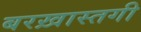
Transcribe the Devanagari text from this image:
बरख़ास्तगी